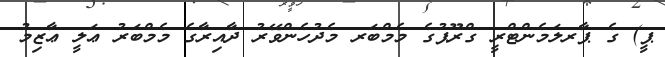
ޕީ) ގެ ޕާރލަމެންޓްރީ ގްރޫޕުގެ މެމްބަރ މެދުހެންވޭރު ދާއިރާގެ މެމްބަރު ޢަލީ ޢާޒިމު